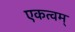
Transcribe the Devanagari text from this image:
एकत्वम्